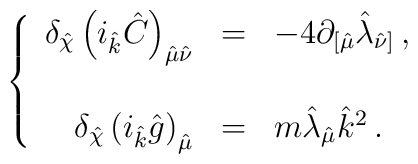
\left\{\begin{array}{rcl}\delta_{\hat{\chi}}\left(i_{\hat{k}}\hat{C}\right)_{\hat{\mu}\hat{\nu}}& = & -4 \partial_{[\hat{\mu}}\hat{\lambda}_{\hat{\nu}]}\, , \\& & \\\delta_{\hat{\chi}} \left(i_{\hat{k}}\hat{g}\right)_{\hat{\mu}}& = & m\hat{\lambda}_{\hat{\mu}}\hat{k}^{2}\, .\end{array} \right.